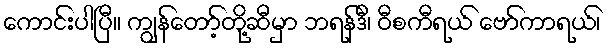
ကောင်းပါပြီ။ ကျွန်တော့်တို့ဆီမှာ ဘရန်ဒီ၊ ဝီစကီရယ် ဗော်ကာရယ်၊